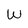
Character: W